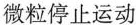
微粒停止运动